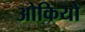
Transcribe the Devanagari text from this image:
ओकियो